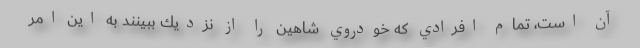
آن است، تمام افرادي كه خودروي شاهين را از نزديك ببينند به اين امر